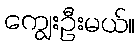
ကျွေးဦးမယ်။